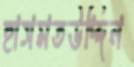
হাসমতউদ্দিন